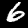
Label: 6